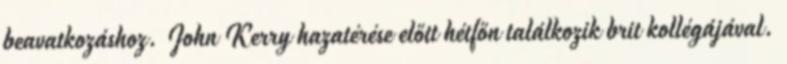
beavatkozáshoz. John Kerry hazatérése előtt hétfőn találkozik brit kollégájával.